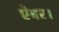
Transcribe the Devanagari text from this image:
ऐबर।